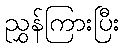
ညွှန်ကြားပြီး